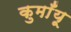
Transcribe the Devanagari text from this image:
कुमाँयू